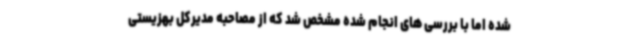
شده اما با بررسی های انجام شده مشخص شد که از مصاحبه مدیرکل بهزیستی